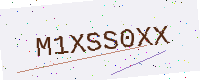
Text: M1XSS0XX